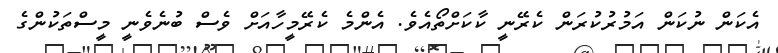
އެކަން ނުކަން އަމުރުކުރަން ކެރޭނީ ކާކަށްތޯއެވެ. އެންމެ ކެރޭމީހާއަށް ވެސް ބުނެވެނީ މީސްތަކުންގެ